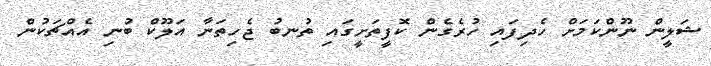
ޝަލީން ނޫންކަމަށް ހެދިފައި ހުރެގެން ކޮފީތަށީގައި ތުނބު ޖެހިތަނާ އަލޫކް ބުނި އެއްޗަކުން